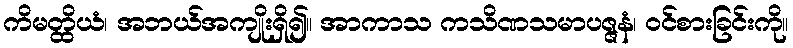
ကိမတ္ထိယံ၊ အဘယ်အကျိုးရှိ၍။ အာကာသ ကသိဏသမာပဇ္ဇနံ၊ ဝင်စားခြင်းကို။